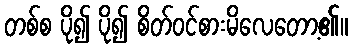
တစ်စ ပို၍ ပို၍ စိတ်ဝင်စားမိလေတော့၏။